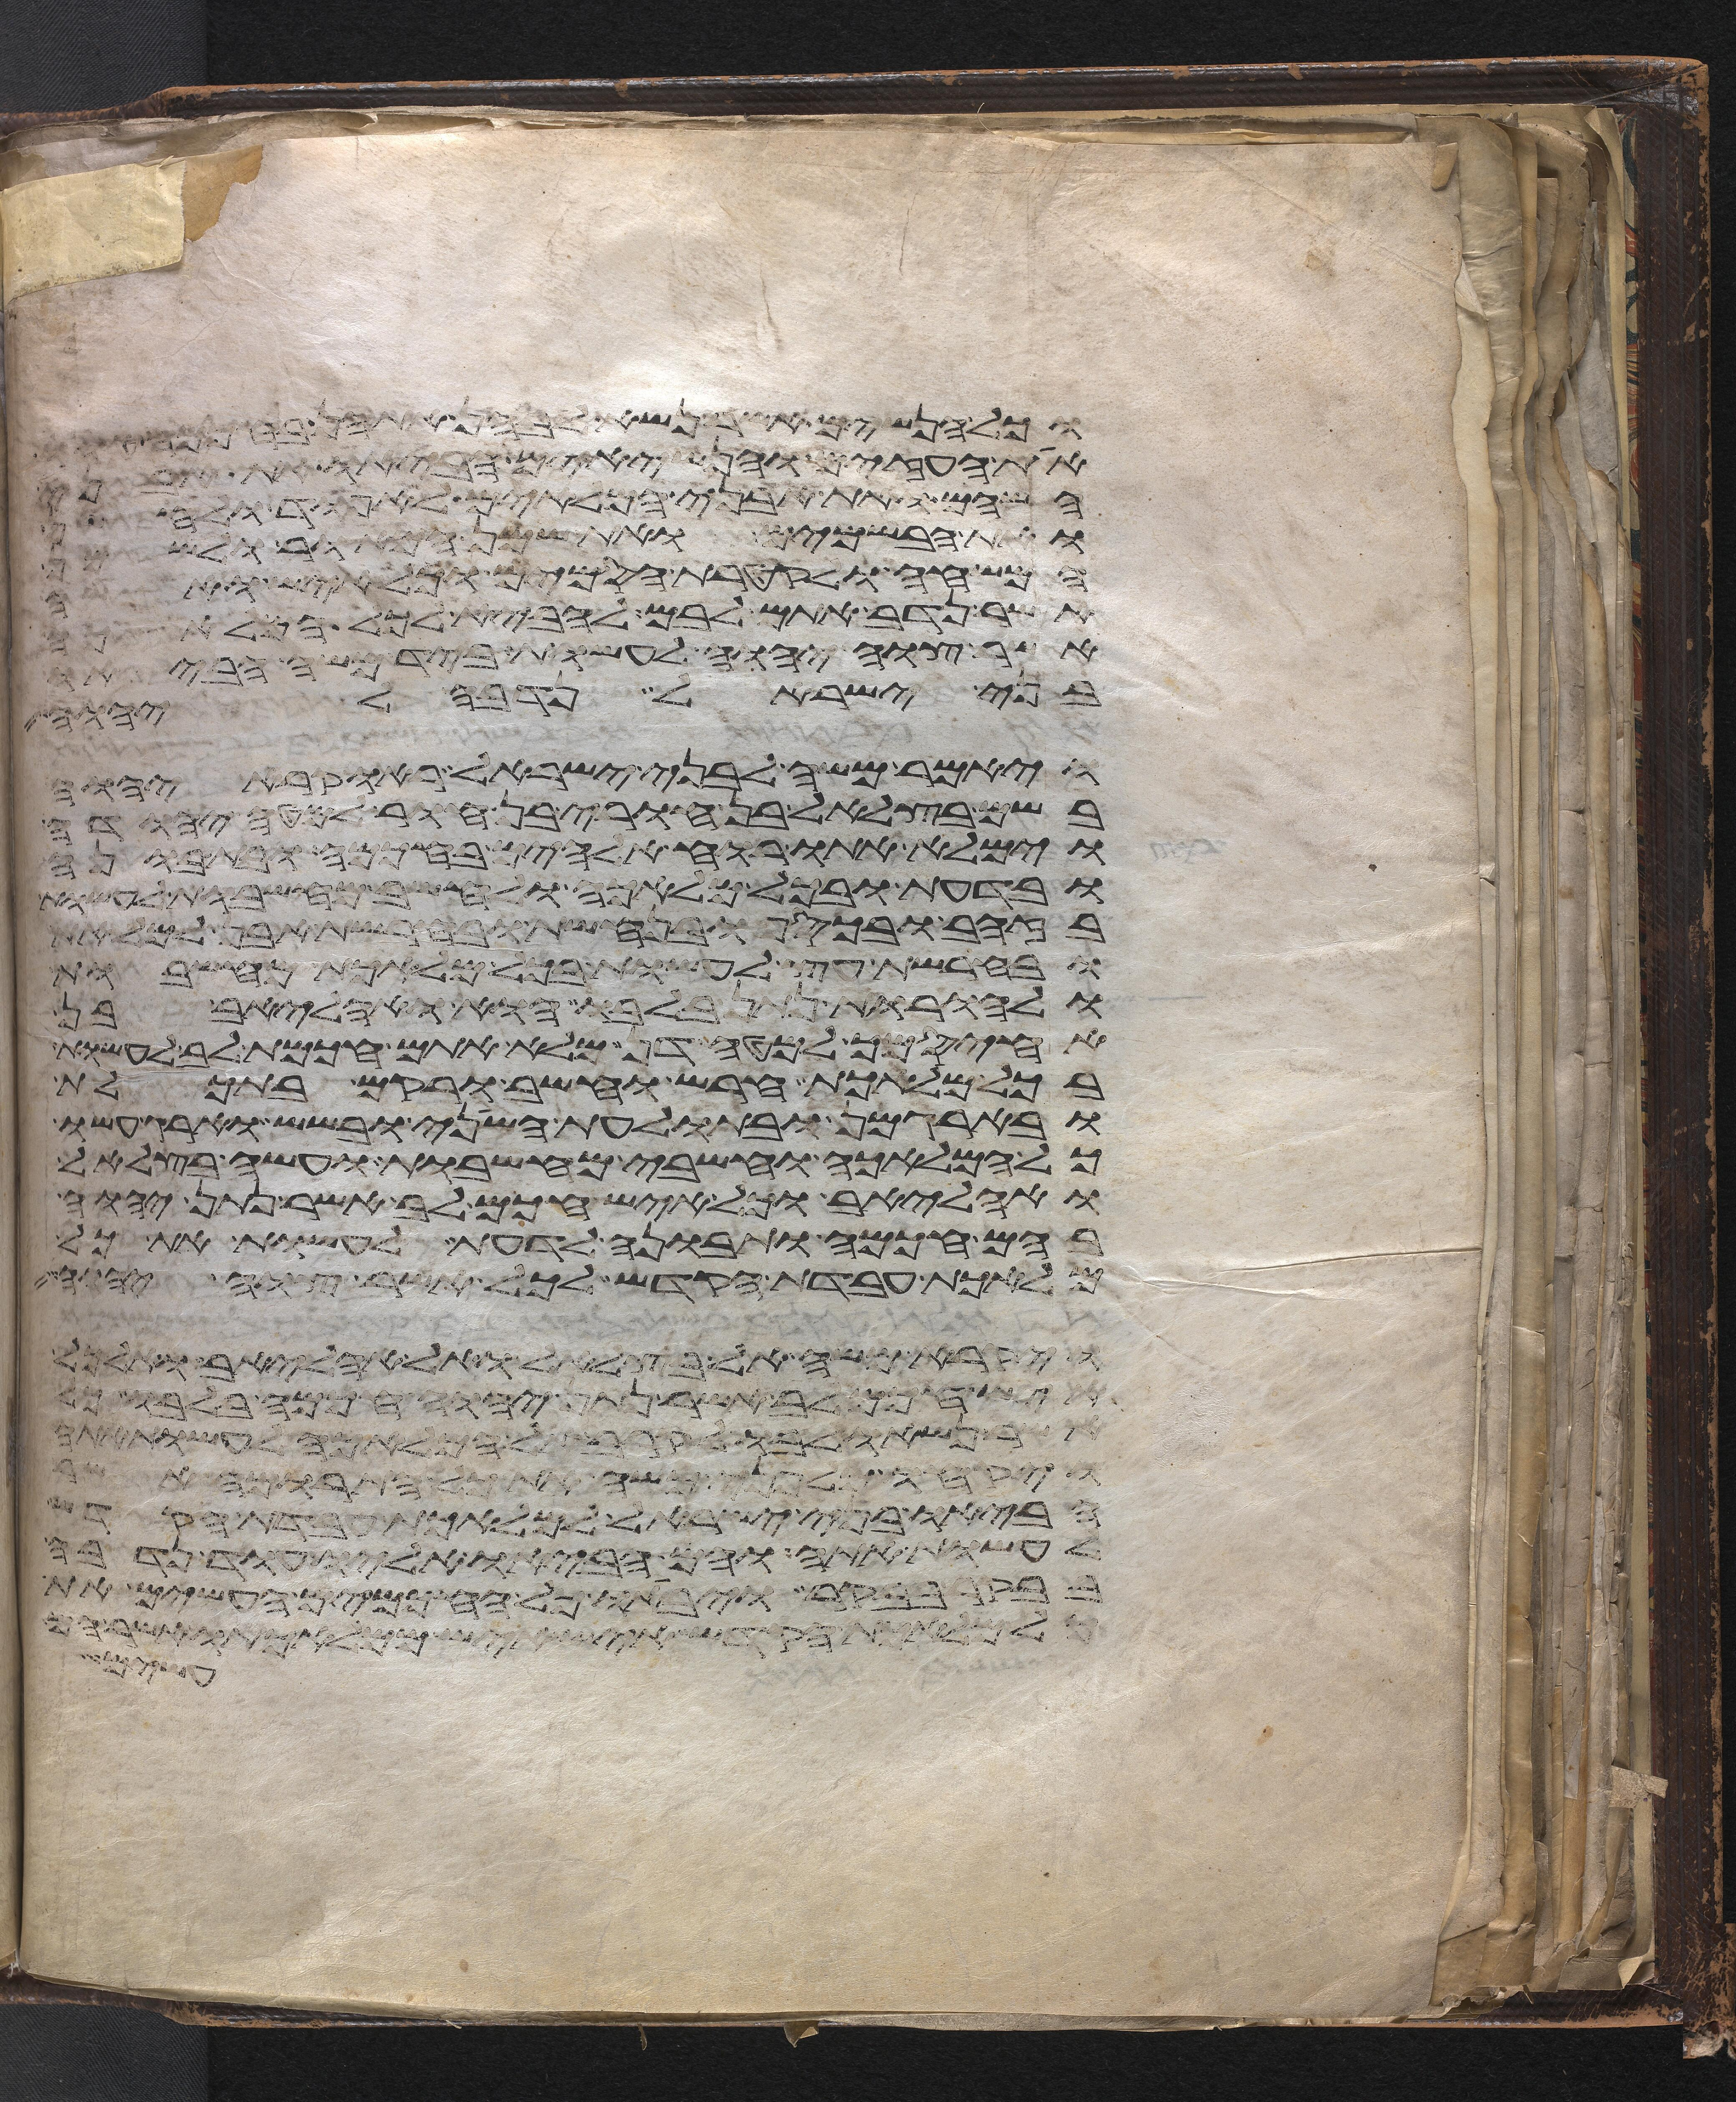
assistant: וכל הנשים אשר נשא לבהן אתהן בחכמה
את העזים והנשיאים הביאו את אבני
השהם ואת אבני המלאים לאפוד ולחשן
ואת הבשמים ואת שמן המאור לשמן
המשחה ולקטרת הסמים וכל איש ואשה
אשר נדב אתם לבם להביא לכל המלאכה
אשר צוה יהוה לעשות ביד משה הביאו
בני ישראל נדבה ליהוה
ויאמר משה לבני ישראל ראו קרא יהוה
בשם בצלאל בן חורי בן חור למטה יהודה
וימלא אתו רוח אלהים בחכמה ובתבונה
ובדעת ובכל מלאכה ולחשב מחשבות לעשות
בזהב ובכסף ובנחשת ובחרשת אבן למלאת
ובחרשת עץ לעשות בכל מלאכת מחשבות
ולהורות נתן בלבו הוא ואהליאב בן
אחיסמך למטה דן מלא אתם חכמת לב לעשות
בכל מלאכת חרש וחשב ורקם בתכלת
ובארגמן ובתולעת השני ובשש וארג עשו
כל המלאכה וחשבי מחשבות ועשה בצלאל
ואהליאב וכל איש חכם לב אשר נתן יהוה
בהם חכמה ותבונה לדעת לעשות את כל
מלאכת עבדת הקדש לכל אשר צוה יהוה
ויקרא משה אל בצלאל ואל אהליאב ואל כל
איש חכם לב אשר נתן יהוה חכמה בלבו כל
אשר נשאו לבו לקרב אל המלאכה לעשות אתה
ויקחו מלפני משה את כל התרומה אשר
הביאו בני ישראל למלאכת עבדת הקדש
לעשות אתה והם הביאו אליו עוד נדבה
בבקר בבקר ויביאו כל החכמים העשים את
כל מלאכת הקדש איש איש ממלאכתו אשר הם
עשים